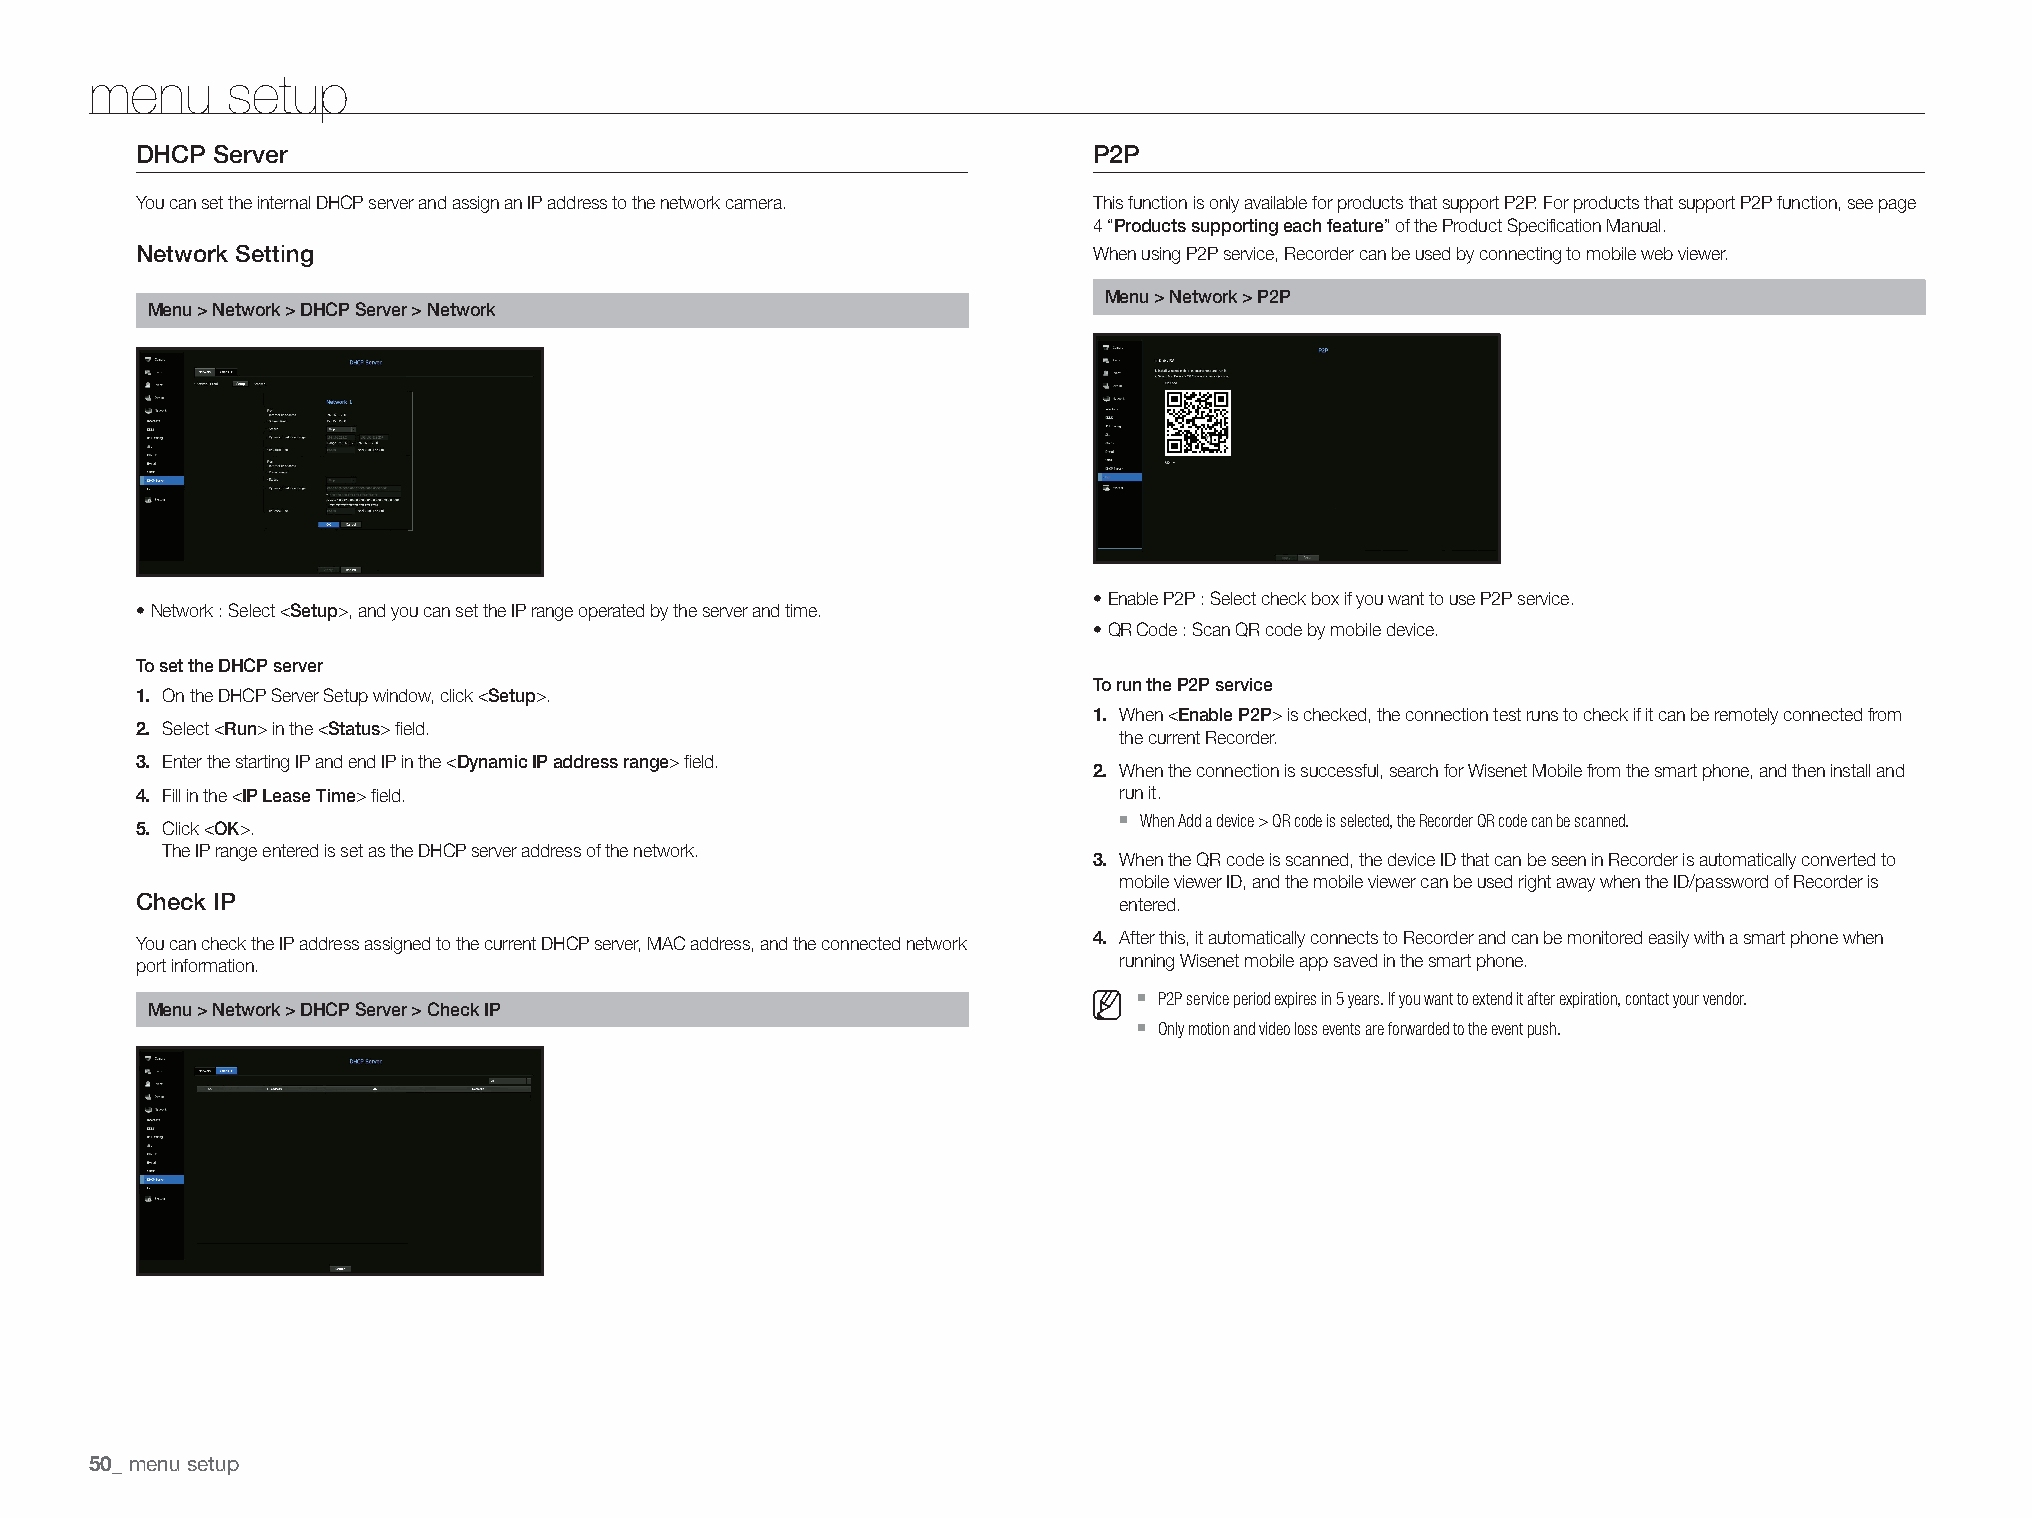
menu     setup
 DHCP Server                                                    P2P
 You can set the internal DHCP server and assign an IP address to the network camera. This function is only available for products that support P2P. For products that support P2P function, see page
 4 “Products supporting each feature” of the Product Specification Manual.
 When using P2P service, Recorder can be used by connecting to mobile web viewer.
 Network Setting
 Menu > Network > P2P
 Menu > Network > DHCP Server > Network
 • Enable P2P : Select check box if you want to use P2P service.
 • Network : Select <Setup>, and you can set the IP range operated by the server and time.
 • QR Code : Scan QR code by mobile device.
 To set the DHCP server
 To run the P2P service
 1. On the DHCP Server Setup window, click <Setup>.
 1. When <Enable P2P> is checked, the connection test runs to check if it can be remotely connected from
 2. Select <Run> in the <Status> field.                           the current Recorder.
 3. Enter the starting IP and end IP in the <Dynamic IP address range> field. 2. When the connection is successful, search for Wisenet Mobile from the smart phone, and then install and
 4. Fill in the <IP Lease Time> field.                            run it.
 `
 When Add a device > QR code is selected, the Recorder QR code can be scanned.
 5. Click <OK>.
 The IP range entered is set as the DHCP server address of the network.
 3. When the QR code is scanned, the device ID that can be seen in Recorder is automatically converted to
 mobile viewer ID, and the mobile viewer can be used right away when the ID/password of Recorder is
 Check IP                                                         entered.
 You can check the IP address assigned to the current DHCP server, MAC address, and the connected network 4. After this, it automatically connects to Recorder and can be monitored easily with a smart phone when
 port information.                                                running Wisenet mobile app saved in the smart phone.
 `
 P2P service period expires in 5 years. If you want to extend it after expiration, contact your vendor.
 Menu > Network > DHCP Server > Check IP
 `
 Only motion and video loss events are forwarded to the event push.
 menu setup
 50_